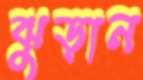
ঝুড়ান